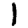
Digit: 1